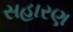
સહારણ